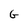
Character: G